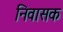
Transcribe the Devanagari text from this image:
निवासक